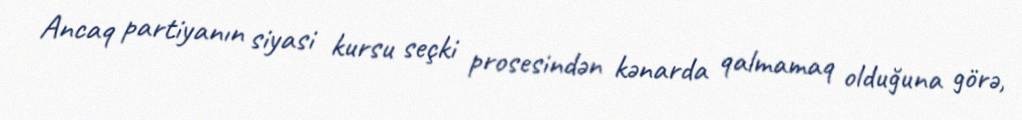
Ancaq partiyanın siyasi kursu seçki prosesindən kənarda qalmamaq olduğuna görə,